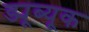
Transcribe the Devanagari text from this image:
ड्यूब्यूक